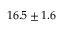
1 6 . 5 \pm 1 . 6